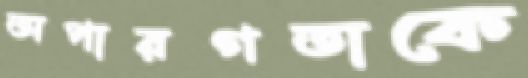
অপারগতাকে